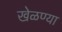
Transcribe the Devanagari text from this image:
खेळण्या